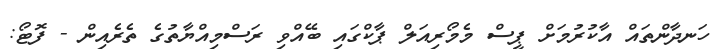
ހަނދާންތައް އާކުރުމަށް ޕީސް މެމޯރިއަލް ޕާކްގައި ބޭއްވި ރަސްމިއްޔާތުގެ ތެރެއިން - ފޮޓޯ: